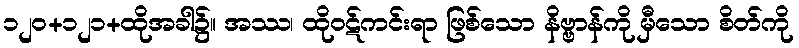
၁၂၀+၁၂၁+ထိုအခါ၌။ အဿ၊ ထိုဝဋ်ကင်းရာ ဖြစ်သော နိဗ္ဗာန်ကို မှီသော စိတ်ကို